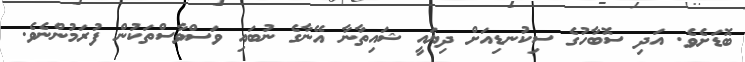
ބޮޑަށެވެ. އަދި ސޮބާހުގެ ސިކުނޑިއަށް ދިޔައީ ޝައިތާނާ އޭނާގެ ނުބައި ވަސްވާސްތަކުން ފުރަމުންނެވެ.